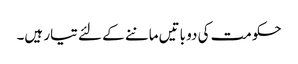
حکومت کی دو باتیں ماننے کے لئے تیار ہیں۔